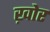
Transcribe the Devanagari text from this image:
ख़ोर